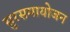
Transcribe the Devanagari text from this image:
सुरसमायोजन